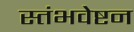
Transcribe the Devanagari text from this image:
स्तंभवेष्टन